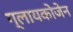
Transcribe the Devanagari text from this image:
ग्लायकोजेन